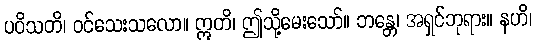
ပဝိသတိ၊ ဝင်သေးသလော။ ဣတိ၊ ဤသို့မေးသော်။ ဘန္တေ၊ အရှင်ဘုရား။ နဟိ၊